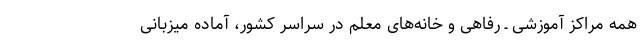
همه مراکز آموزشی ـ رفاهی و خانه‌های معلم در سراسر کشور، آماده میزبانی